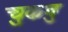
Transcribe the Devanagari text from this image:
चुकवु